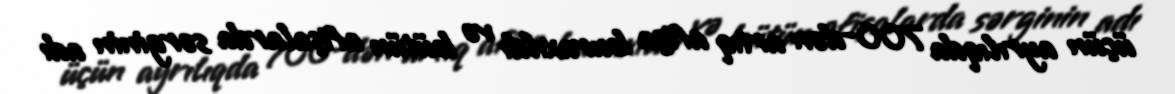
üçün ayrılıqda 700-dən artıq afişa buraxıldı və bütün afişalarda sərginin adı